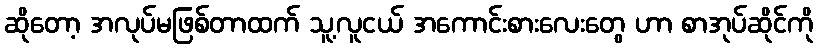
ဆိုတော့ အလုပ်မဖြစ်တာထက် သူ့လူငယ် အကောင်းစားလေးတွေ ဟာ စာအုပ်ဆိုင်ကို